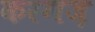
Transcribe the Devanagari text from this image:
करगज़